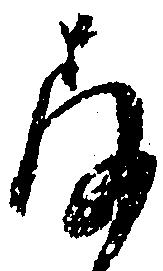
存